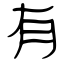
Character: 有